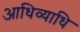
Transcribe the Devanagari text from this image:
आधिव्याधि